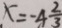
x = - 4 \frac { 2 } { 3 }